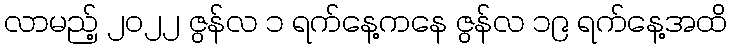
လာမည့် ၂၀၂၂ ဇွန်လ ၁ ရက်နေ့ကနေ ဇွန်လ ၁၉ ရက်နေ့အထိ